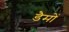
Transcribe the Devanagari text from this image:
डैमों